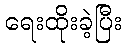
ရေးထိုးခဲ့ပြီး